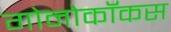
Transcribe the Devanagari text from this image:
गोनोकॉकस